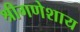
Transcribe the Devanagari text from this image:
श्रीगणेशाय